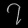
Digit: ၇